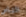
الناس